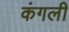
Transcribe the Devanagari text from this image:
कंगली